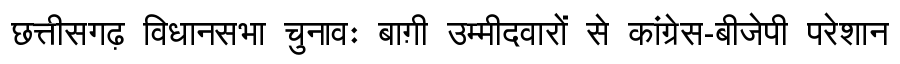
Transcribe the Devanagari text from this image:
छत्तीसगढ़ विधानसभा चुनावः बाग़ी उम्मीदवारों से कांग्रेस-बीजेपी परेशान